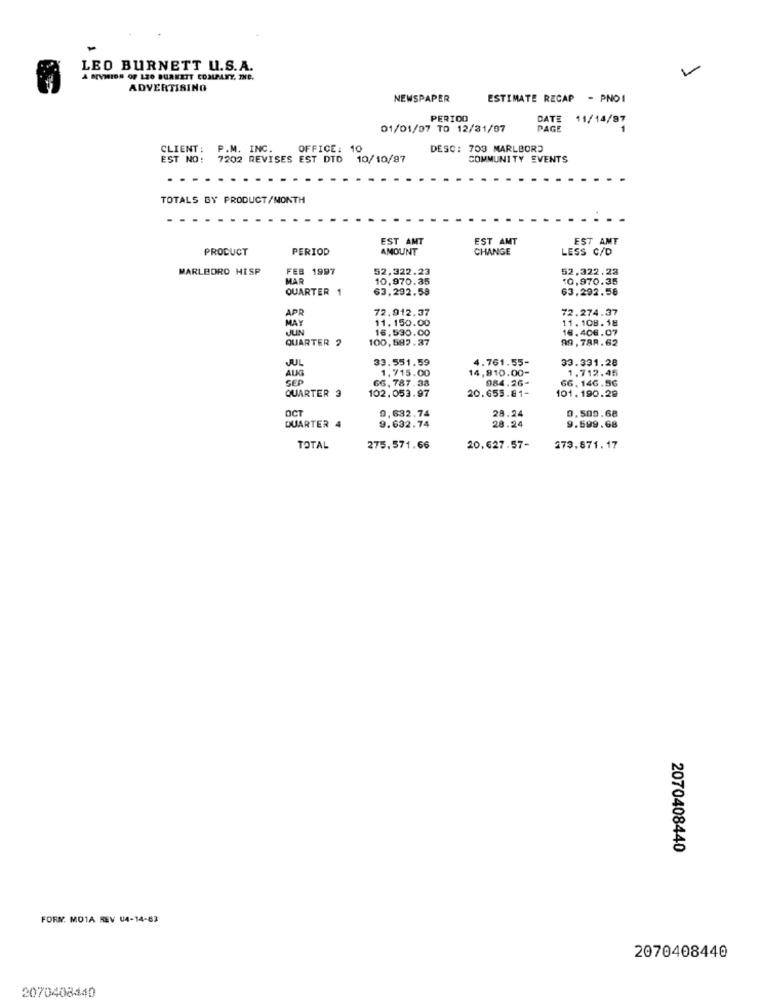
LEO BURNETT U.S.A.
A DEVISION OF 120 BURNETT COMPANY, THE.
ADVERTISING
NEWSPAPER
ESTIMATE RECAP - PNOI
PERIOD
DATE 11/14/97
01/01/07 TO 12/31/07
PAGE
CLIENT :
P.M. INC.
OFFICE:
10
DESC: 703 MARLBORO
EST NO: 7202 REVISES EST DTD
10/10/87
COMMUNITY EVENTS
TOTALS BY PRODUCT/MONTH
EST ANT
EST AMT
EST AMT
PRODUCT
PERIOD
AMOUNT
CHANGE
LESS C/D
MARLBORO HISP
FEB 1997
52,322.23
52,322.28
MAR
10,970.35
10,970.35
QUARTER
63.292.58
63,292.56
APR
72.912.37
72.274.37
MAY
11.150.00
11.108. 18
JUN
16.406.07
QUARTER
100,592.37
16,590.00
99,788.62
JUL
33.551.59
4.761.55-
33.331.28
AUG
1,715.00
14,910.00-
1.712.45
SEP
66.787.38
084.26-
66. 146.56
QUARTER 3
102.053.97
20.655.81-
101. 190.29
OCT
0,509.68
0,632.74
28.24
QUARTER 4
9.632.74
28.24
9.599.68
TOTAL
275.571.66
20,627.57-
173.871.17
2070408440
FORN. MOTA REV U4-14-83
2070408440
2070408440